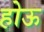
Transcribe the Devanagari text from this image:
होऊ